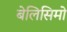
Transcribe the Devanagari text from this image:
बेलिसिमो